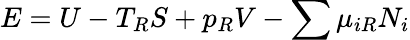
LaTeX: E=U-T_{R}S+p_{R}V-\sum\mu_{iR}N_{i}